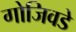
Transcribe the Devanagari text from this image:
गोजिवडे